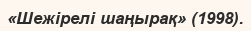
«Шежірелі шаңырақ» (1998).